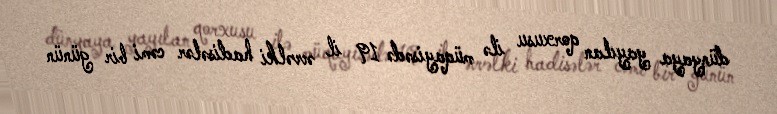
dünyaya yayılan qorxusu ilə müqayisədə 19 il əvvəlki hadisələr cəmi bir günün